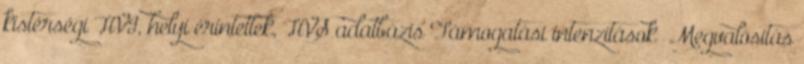
kistérségi HVI, helyi érintettek, HVS adatbázis Támogatási intenzitások ▪Megvalósítás